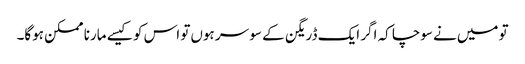
تو میں‌نے سوچا کہ اگر ایک ڈریگن کے سو سر ہوں‌تو اس کو کیسے مارنا ممکن ہوگا۔